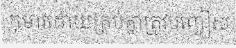
កុមារដោយគ្រប់គ្នាត្រូវបញ្ចៀស